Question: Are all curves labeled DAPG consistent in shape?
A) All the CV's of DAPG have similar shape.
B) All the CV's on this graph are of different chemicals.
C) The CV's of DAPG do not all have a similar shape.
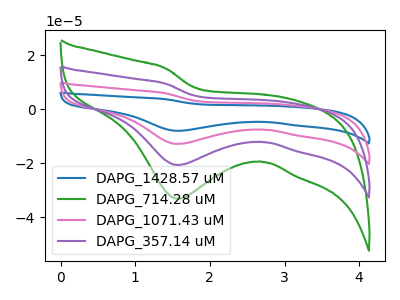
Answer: <think>The blue curve "DAPG_1428.57 uM" has a cathodic peak at: (1.55V, -62.05uA). The green curve "DAPG_714.28 uM" has a cathodic peak at: (1.55V, -33.15uA). The pink curve "DAPG_1071.43 uM" has a cathodic peak at: (1.55V, -41.35uA). The purple curve "DAPG_357.14 uM" has a cathodic peak at: (1.55V, -20.70uA).
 All the peaks in "DAPG_1428.57 uM" have a peak in "DAPG_714.28 uM" at the same potential. Every peak in "DAPG_1428.57 uM" is higher than every peak in "DAPG_714.28 uM". All the peaks in "DAPG_1428.57 uM" have a peak in "DAPG_1071.43 uM" at the same potential. Every peak in "DAPG_1428.57 uM" is higher than every peak in "DAPG_1071.43 uM". All the peaks in "DAPG_1428.57 uM" have a peak in "DAPG_357.14 uM" at the same potential. Every peak in "DAPG_1428.57 uM" is higher than every peak in "DAPG_357.14 uM". All the peaks in "DAPG_714.28 uM" have a peak in "DAPG_1071.43 uM" at the same potential. Every peak in "DAPG_714.28 uM" is lower than every peak in "DAPG_1071.43 uM". All the peaks in "DAPG_714.28 uM" have a peak in "DAPG_357.14 uM" at the same potential. Every peak in "DAPG_714.28 uM" is higher than every peak in "DAPG_357.14 uM". All the peaks in "DAPG_1071.43 uM" have a peak in "DAPG_357.14 uM" at the same potential. Every peak in "DAPG_1071.43 uM" is higher than every peak in "DAPG_357.14 uM".</think>
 <answer>A) All the CV's of "DAPG" have similar shape.</answer>
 <eval>A</eval>